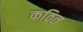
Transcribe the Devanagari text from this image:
कठित